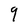
Character: q